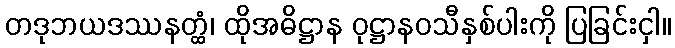
တဒုဘယဒဿနတ္ထံ၊ ထိုအဓိဋ္ဌာန ဝုဋ္ဌာနဝသီနှစ်ပါးကို ပြခြင်းငှါ။